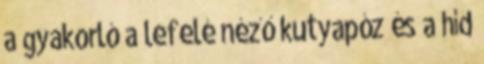
a gyakorló a lefelé néző kutyapóz és a híd